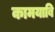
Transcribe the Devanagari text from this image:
कामयाबि